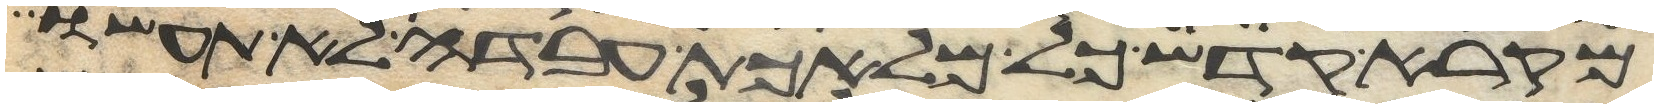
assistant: מקרא קדש כל מלאכת עבדה לא תעשו